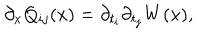
LaTeX: \partial _ { x } Q _ { i j } ( x ) = \partial _ { t _ { i } } \partial _ { t _ { j } } W ( x ) ,